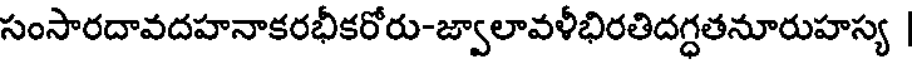
సంసారదావదహనాకరభీకరోరు-జ్వాలావళీభిరతిదగ్ధతనూరుహస్య